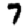
Digit: 7